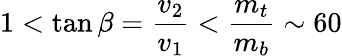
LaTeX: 1<\tan\beta=\frac{v_{2}}{v_{1}}<\frac{m_{t}}{m_{b}}\sim 60